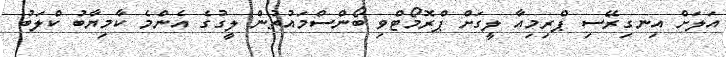
އަލަށް އިނގިރޭސި ޕްރިމިއާ ލީގަށް ޕްރޮމޯޓްވި ބޯންސްމައުތުން ލީގުގެ އެންމެ ކާމިޔާބު ކްލަބު